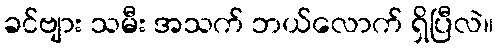
ခင်ဗျား သမီး အသက် ဘယ်လောက် ရှိပြီလဲ။